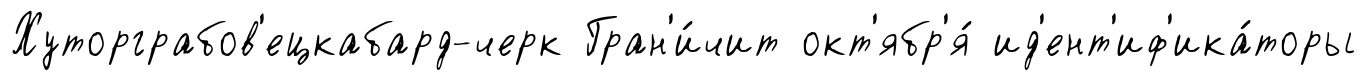
Хуторграбов'ецкабард-черк Гран'и́чит окт'ябр'я́ ид'ент'иф'ика́торы